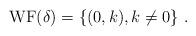
LaTeX: \begin{align*}\mathrm{WF}(\delta)=\{(0,k),k\neq 0\}\ .\end{align*}